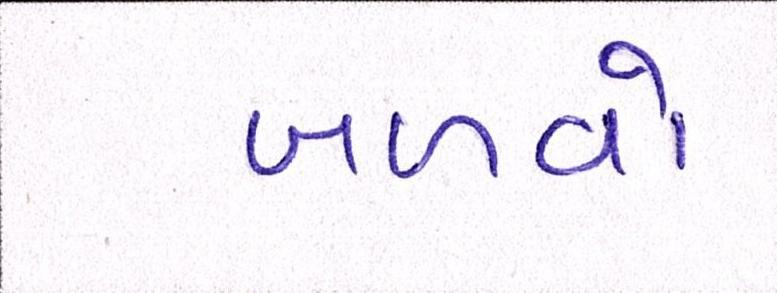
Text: બળવો